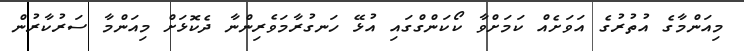
މިއަންމާގެ އުތުރުގެ އަވަށެއް ކަމަށްވާ ކޯކަންގްގައި އުޅޭ ހަނގުރާމަވެރިންނާ ދެކޮޅަށް މިއަންމާ ސަރުކާރުން